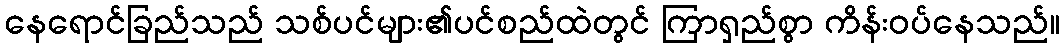
နေရောင်ခြည်သည် သစ်ပင်များ၏ပင်စည်ထဲတွင် ကြာရှည်စွာ ကိန်းဝပ်နေသည်။